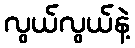
လွယ်လွယ်နဲ့